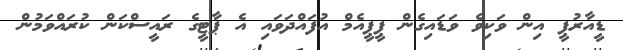
ޑީއާރުޕީ އިން ވަކިވެ ވަޑައިގެން ޕީޕީއެމް އުފައްދަވައި އެ ޕާޓީގެ ރައީސްކަން ކުރައްވަމުން